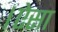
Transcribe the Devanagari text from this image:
।ऐसा